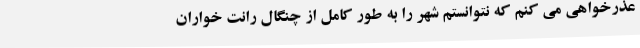
عذرخواهی می کنم که نتوانستم شهر را به طور کامل از چنگال رانت خواران